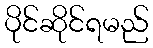
ပိုင်ဆိုင်ရမည်